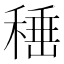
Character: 𮃙